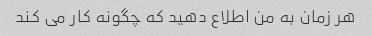
هر زمان به من اطلاع دهید که چگونه کار می کند